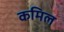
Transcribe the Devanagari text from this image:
कमिल